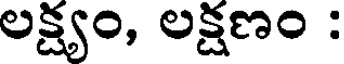
లక్ష్యం, లక్షణం :